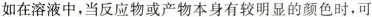
如在溶液中，当反应物或产物本身有较明显的颜色时，可